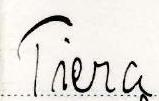
Tiera